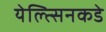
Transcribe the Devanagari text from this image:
येल्त्सिनकडे